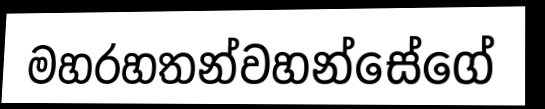
මහරහතන්වහන්සේගේ